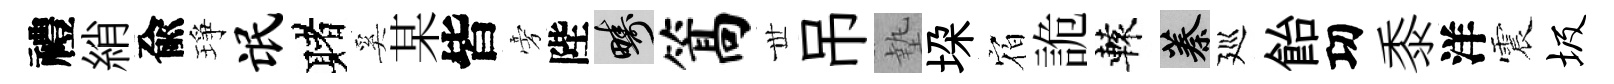
禮綃兪琤氓赌奚某皆旁陛疇篙𠀍吊墊垜𪧐詭轅蓁廵飴㓛黍洋震圾